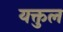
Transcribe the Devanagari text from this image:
यक्तुल